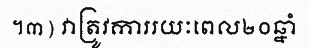
។៣) វាត្រូវការរយៈពេល២០ឆ្នាំ